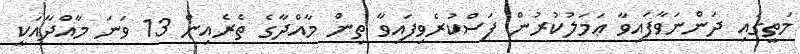
މަތީގައި ދަންނަވާފައިވާ ޢަމަލުކުރުން ފަސްކުރެވިފައިވާ ތިން މާއްދާގެ ތެރެއިން 13 ވަނަ މާއްދާއަކީ